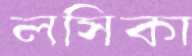
লসিকা